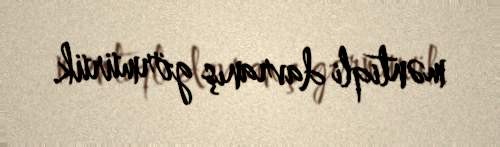
məntiqli davranış görmürük.